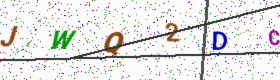
Text: JWQ2DC